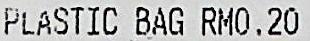
PLASTIC BAG RM0.20